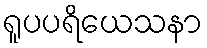
ရူပပရိယေသနာ